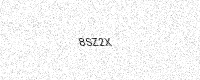
Text: 8SZ2X